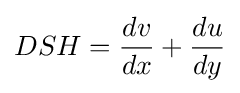
DSH={\frac {dv}{dx}}+{\frac {du}{dy}}